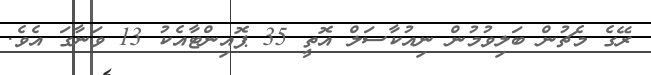
ރޭގެ މެޗުން ބަލިވުމުން ނިއުކާސަލް އޮތީ 35 ޕޮއިންޓާއެކު 13 ވަނާގަ އެވެ.